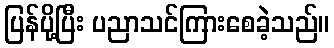
ပြန်ပို့ပြီး ပညာသင်ကြားစေခဲ့သည်။